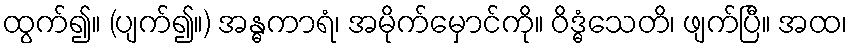
ထွက်၍။ (ပျက်၍။) အန္ဓကာရံ၊ အမိုက်မှောင်ကို။ ဝိဒ္ဓံသေတိ၊ ဖျက်ပြီ။ အထ၊